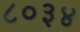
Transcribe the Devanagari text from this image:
८०३४